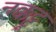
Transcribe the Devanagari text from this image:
नक्कट्टू